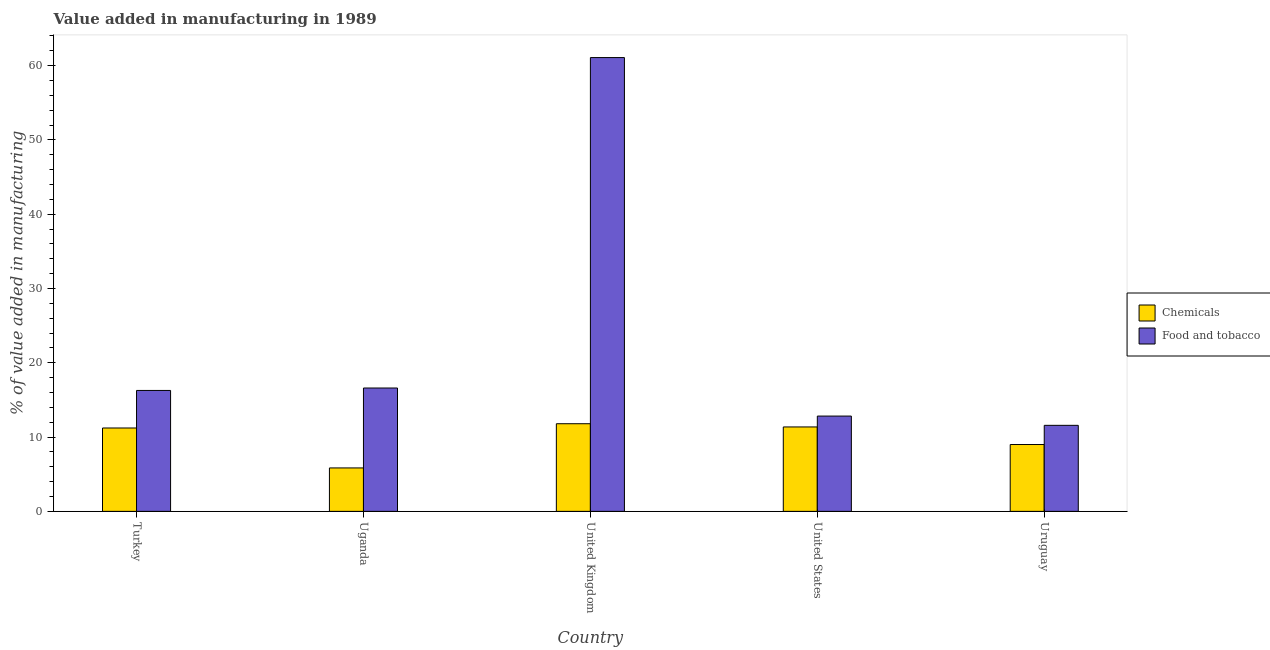
| Country | Chemicals | Food and tobacco |
 | --- | --- | --- |
 | Turkey | 11.2 | 16.3 |
 | Uganda | 5.84 | 16.6 |
 | United Kingdom | 11.8 | 61.1 |
 | United States | 11.4 | 12.8 |
 | Uruguay | 9 | 11.6 |